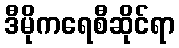
ဒီမိုကရေစီဆိုင်ရာ